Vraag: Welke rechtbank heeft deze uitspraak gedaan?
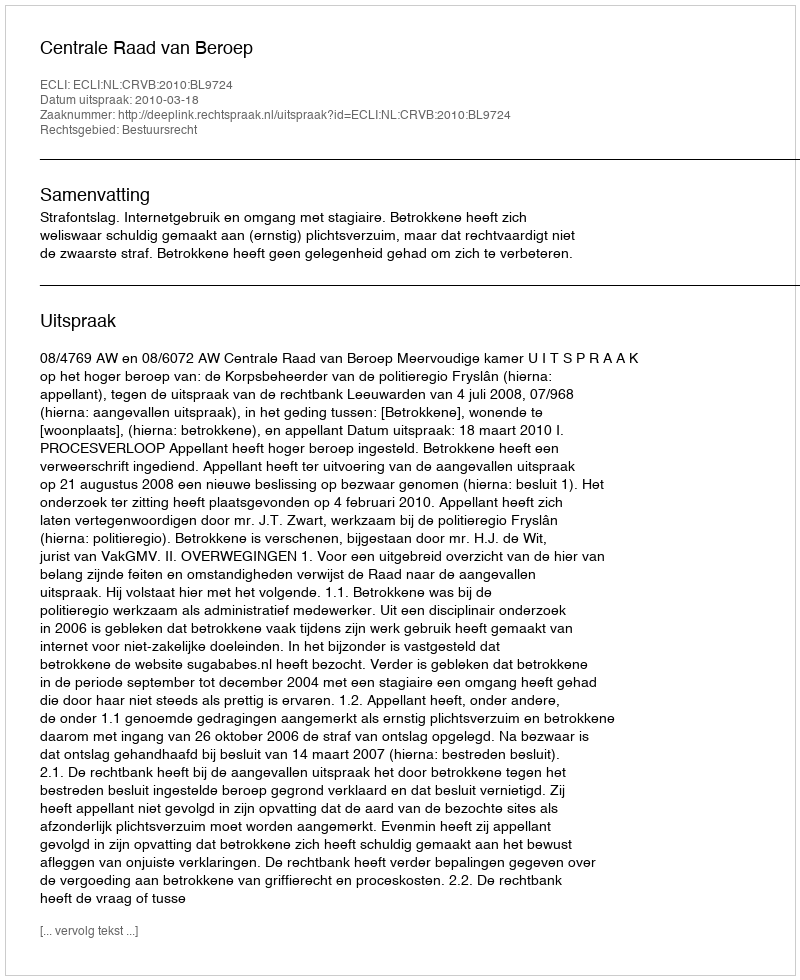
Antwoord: Centrale Raad van Beroep